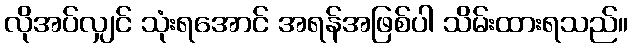
လိုအပ်လျှင် သုံးရအောင် အရန်အဖြစ်ပါ သိမ်းထားရသည်။